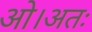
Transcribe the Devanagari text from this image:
ओ।अतः